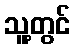
သူ့တွင်